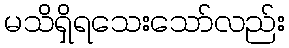
မသိရှိရသေးသော်လည်း